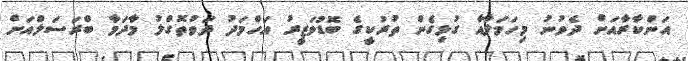
އަންކާރާއަށް ދެވުނު މިހަމަލާއާ ގުޅިގެން ތުރުކީގެ ބޮޑުވަޒީރު އަހްމަދު ދަވުތޮގްލު މާދަމާ ބްރަސަލްއަށް